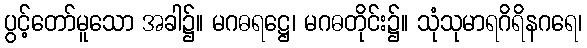
ပွင့်တော်မူသော အခါ၌။ မဂဓရဋ္ဌေ၊ မဂဓတိုင်း၌။ သုံသုမာရဂိရိနဂရေ၊